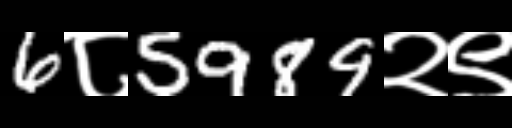
Text: 6८5989२९